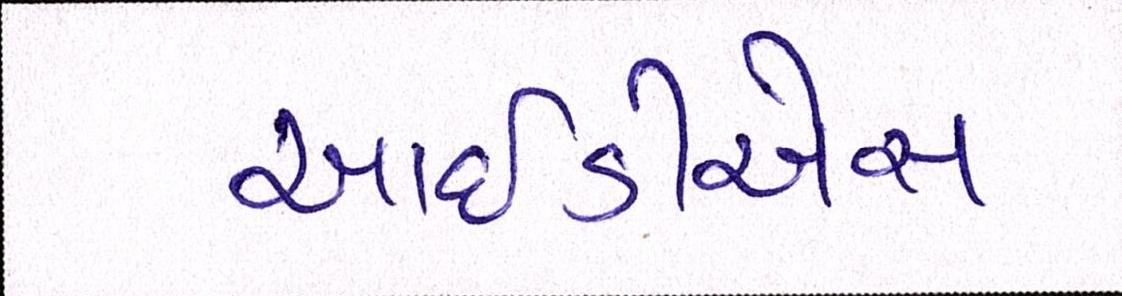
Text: આઈડીએસ